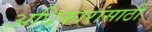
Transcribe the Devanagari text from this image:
अधिकारांसाठी